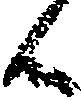
候